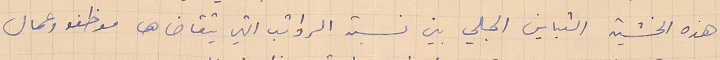
هذه الخشية التباين المجلي بين نسبة الرواتب التي يتقاضاها موظفو وعمال